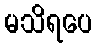
မသိရပေ